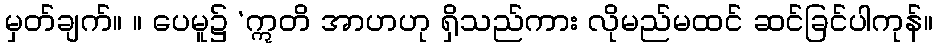
မှတ်ချက်။ ။ ပေမူ၌ ‘ဣတိ အာဟဟု ရှိသည်ကား လိုမည်မထင် ဆင်ခြင်ပါကုန်။